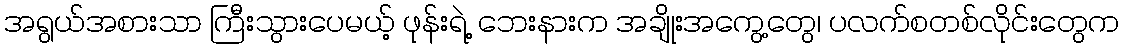
အရွယ်အစားသာ ကြီးသွားပေမယ့် ဖုန်းရဲ့ ဘေးနားက အချိုးအကွေ့တွေ၊ ပလက်စတစ်လိုင်းတွေက